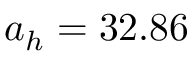
a _ { h } = 3 2 . 8 6